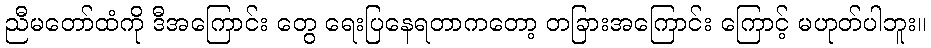
ညီမတော်ထံကို ဒီအကြောင်း တွေ ရေးပြနေရတာကတော့ တခြားအကြောင်း ကြောင့် မဟုတ်ပါဘူး။